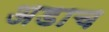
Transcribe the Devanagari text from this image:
अडाच